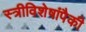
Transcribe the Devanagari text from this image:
स्त्रीविशेषांपैकी